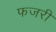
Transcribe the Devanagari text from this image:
फजरी